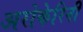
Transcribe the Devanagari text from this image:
अरोकेरिनी